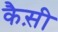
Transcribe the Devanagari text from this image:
कैस़ी